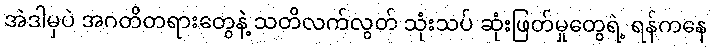
အဲဒါမှပဲ အဂတိတရားတွေနဲ့ သတိလက်လွတ် သုံးသပ် ဆုံးဖြတ်မှုတွေရဲ့ ရန်ကနေ